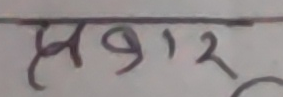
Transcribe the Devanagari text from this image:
प्रवार